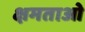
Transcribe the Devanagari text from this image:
क्षमताओ